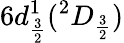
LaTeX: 6d_{\frac{3}{2}}^{1}(^{2}D_{\frac{3}{2}})